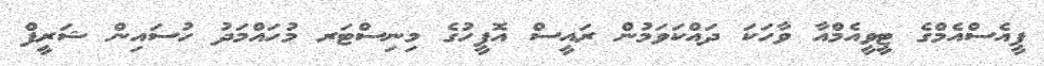
ޕީއެސްއެމްގެ ޓީވީއެމްއާ ވާހަކަ ދައްކަވަމުން ރައީސް އޮފީހުގެ މިނިސްޓަރ މުހައްމަދު ހުސައިން ޝަރީފް